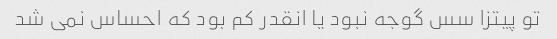
تو پیتزا سس گوجه نبود یا انقدر کم بود که احساس نمی شد